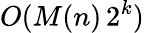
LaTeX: O(M(n)\, 2^{k})